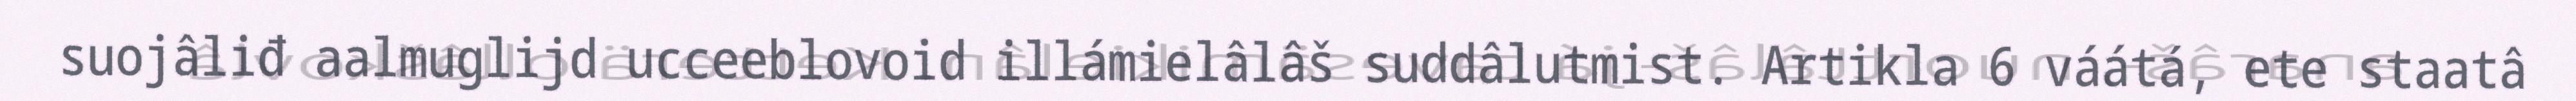
suojâliđ aalmuglijd ucceeblovoid illámielâlâš suddâlutmist. Artikla 6 váátá, ete staatâ